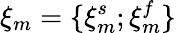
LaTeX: \xi_{m}=\{ \xi_{m}^{s};\xi_{m}^{f}\}